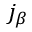
j _ { \beta }